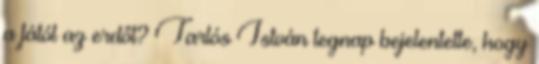
a fától az erdőt? Tarlós István tegnap bejelentette, hogy